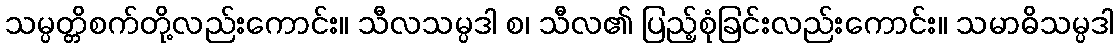
သမ္ပတ္တိစက်တို့လည်းကောင်း။ သီလသမ္ပဒါ စ၊ သီလ၏ ပြည့်စုံခြင်းလည်းကောင်း။ သမာဓိသမ္ပဒါ